Report of an investigation of the epidemic of malarial fever in Assam, or, kala-azar
Disease focus: Malaria
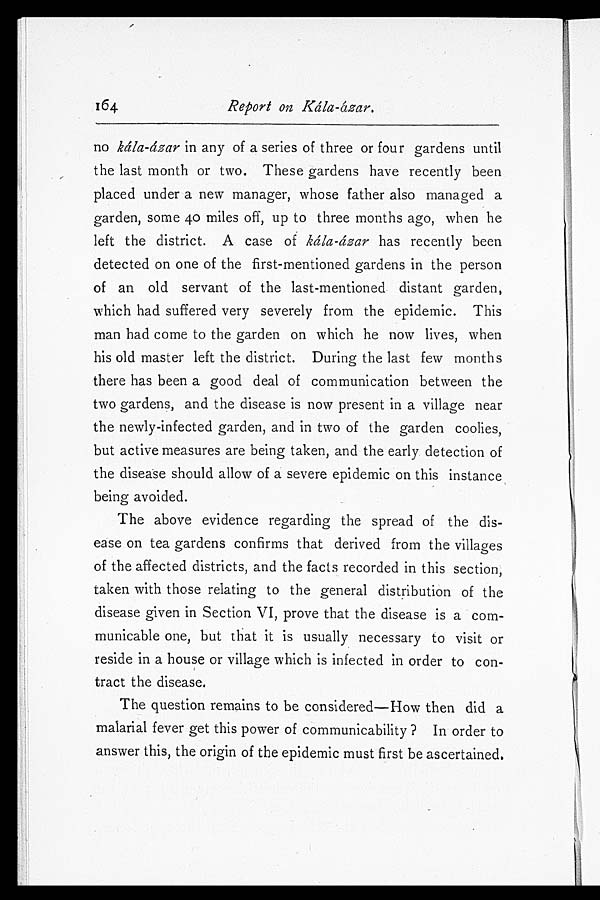
164 Report on Kála-ázar.
no kála-ázar in any of a series of three or four gardens until
the last month or two. These gardens have recently been
placed under a new manager, whose father also managed a
garden, some 40 miles off, up to three months ago, when he
left the district. A case of kála-ázar has recently been
detected on one of the first-mentioned gardens in the person
of an old servant of the last-mentioned distant garden,
which had suffered very severely from the epidemic. This
man had come to the garden on which he now lives, when
his old master left the district. During the last few months
there has been a good deal of communication between the
two gardens, and the disease is now present in a village near
the newly-infected garden, and in two of the garden coolies,
but active measures are being taken, and the early detection of
the disease should allow of a severe epidemic on this instance
being avoided.
The above evidence regarding the spread of the dis-
ease on tea gardens confirms that derived from the villages
of the affected districts, and the facts recorded in this section,
taken with those relating to the general distribution of the
disease given in Section VI, prove that the disease is a com-
municable one, but that it is usually necessary to visit or
reside in a house or village which is infected in order to con-
tract the disease.
The question remains to be considered—How then did a
malarial fever get this power of communicability? In order to
answer this, the origin of the epidemic must first be ascertained.